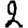
Digit: 2